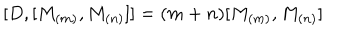
LaTeX: \lbrack D , [ M _ { ( m ) } , M _ { ( n ) } ] ] = ( m + n ) [ M _ { ( m ) } , M _ { ( n ) } ]